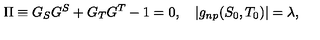
\Pi \equiv G _ { S } G ^ { S } + G _ { T } G ^ { T } - 1 = 0 , \quad | g _ { n p } ( S _ { 0 } , T _ { 0 } ) | = \lambda ,